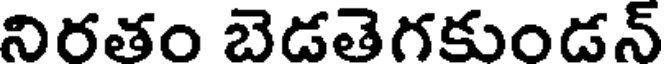
నిరతం బెడతెగకుండన్